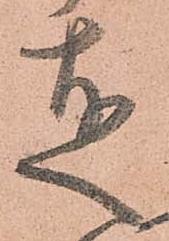
達